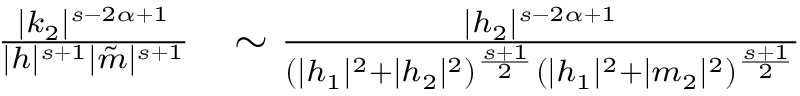
\begin{array} { r l } { \frac { | k _ { 2 } | ^ { s - 2 \alpha + 1 } } { | h | ^ { s + 1 } | \tilde { m } | ^ { s + 1 } } } & { \sim \frac { | h _ { 2 } | ^ { s - 2 \alpha + 1 } } { ( | h _ { 1 } | ^ { 2 } + | h _ { 2 } | ^ { 2 } ) ^ { \frac { s + 1 } { 2 } } ( | h _ { 1 } | ^ { 2 } + | m _ { 2 } | ^ { 2 } ) ^ { \frac { s + 1 } { 2 } } } } \end{array}